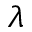
\lambda